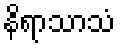
နိရာသာသံ